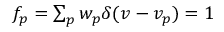
\begin{array} { r } { f _ { p } = \sum _ { p } w _ { p } \delta ( v - v _ { p } ) = 1 } \end{array}